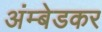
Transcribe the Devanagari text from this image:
अंम्बेडकर